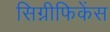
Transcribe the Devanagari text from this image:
सिग्नीफिकेंस